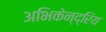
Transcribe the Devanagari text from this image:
अभिकेन्द्रिय